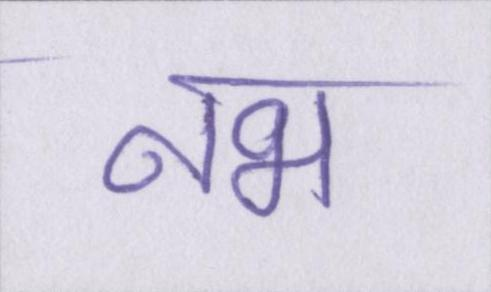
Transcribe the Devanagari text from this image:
नभ